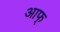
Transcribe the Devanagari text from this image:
आफ्